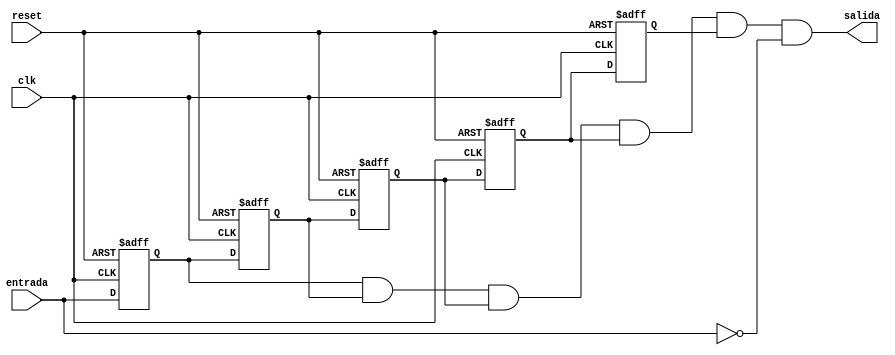
`timescale 1ns / 1ps
//////////////////////////////////////////////////////////////////////////////////
// Company: 
// Engineer: 
// 
// Design Name: 
// Module Name:    ANTIREBOTE 
// Project Name: 
// Target Devices: 
// Tool versions: 
// Description: 
//
// Dependencies: 
//
// Revision: 
// Revision 0.01 - File Created
// Additional Comments: 
//
//////////////////////////////////////////////////////////////////////////////////
module ANTIREBOTE(
    input wire entrada,
    input wire clk,
	 input wire reset,
	 output wire salida
    );

	//El antirebote consiste en pasar la seal por 5 Flip Flops con el fin de evitar que filtren valores indeseados
	
	reg ff01;
	reg ff02;
	reg ff03;
	reg ff04;
	reg ff05;

	always @(posedge clk, posedge reset) begin
		if (reset) begin
			ff01 <= 1'b0;
			ff02 <= 1'b0;
			ff03 <= 1'b0;
			ff04 <= 1'b0;
			ff05 <= 1'b0;
		end else begin
			ff01 <= entrada;
			ff02 <= ff01;
			ff03 <= ff02;
			ff04 <= ff03;
			ff05 <= ff04;
		end
	end

	assign salida = ff01 && ff02 && ff03 && ff04 && ff05 && ~entrada;
	// de esta manera se asegura que 
	// el dato se encuentre en todos los flip flops
	// y ya se haya soltado el botn.

endmodule